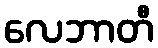
လေဘာတီ